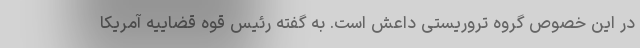
در این خصوص گروه تروریستی داعش است. به گفته رئیس قوه قضاییه آمریکا